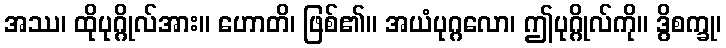
အဿ၊ ထိုပုဂ္ဂိုလ်အား။ ဟောတိ၊ ဖြစ်၏။ အယံပုဂ္ဂလော၊ ဤပုဂ္ဂိုလ်ကို။ ဒွိစက္ခု၊